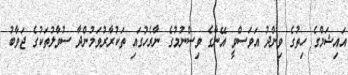
އައިޝަމްގެ ހިތުގެ ވިންދު އަވަސްވީ އޭނާގެ ވިސްނުމުގެ ނާރެހުގައި ތަކުރާރުވަމުންދާ ސުވާލުތަކުގެ ޖަވާބު